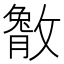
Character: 𫿔